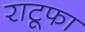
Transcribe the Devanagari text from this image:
राटूफा